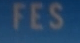
FES